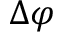
\Delta \varphi